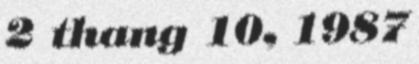
2 thang 10, 1987